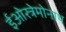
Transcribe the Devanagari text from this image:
ईओस्त्रेमोनाथ